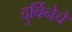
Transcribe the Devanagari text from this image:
दुर्बिनेचे